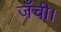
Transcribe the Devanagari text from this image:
जँची।